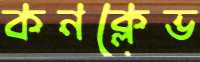
কনক্লেভ